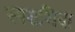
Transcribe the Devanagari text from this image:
स्वराशिवा